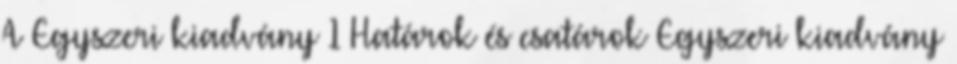
A Egyszeri kiadvány 1 Határok és csatárok Egyszeri kiadvány